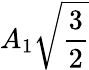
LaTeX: A_{1}{\sqrt{\frac{3}{2}}}